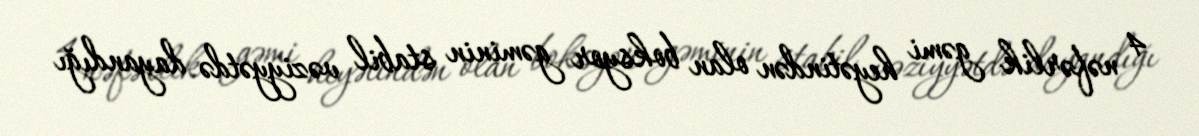
4 nəfərlik gəmi heyətindən olan boksyor gəminin stabil vəziyyətdə dayandığı